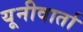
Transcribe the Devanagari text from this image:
यूनीवार्ता